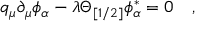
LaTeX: q _ { \mu } \partial _ { \mu } \phi _ { \alpha } - \lambda \Theta _ { [ 1 / 2 ] } \phi _ { \alpha } ^ { \ast } = 0 \quad ,